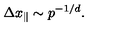
\Delta x _ { \parallel } \sim p ^ { - 1 / d } .